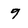
Character: 9